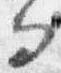
而